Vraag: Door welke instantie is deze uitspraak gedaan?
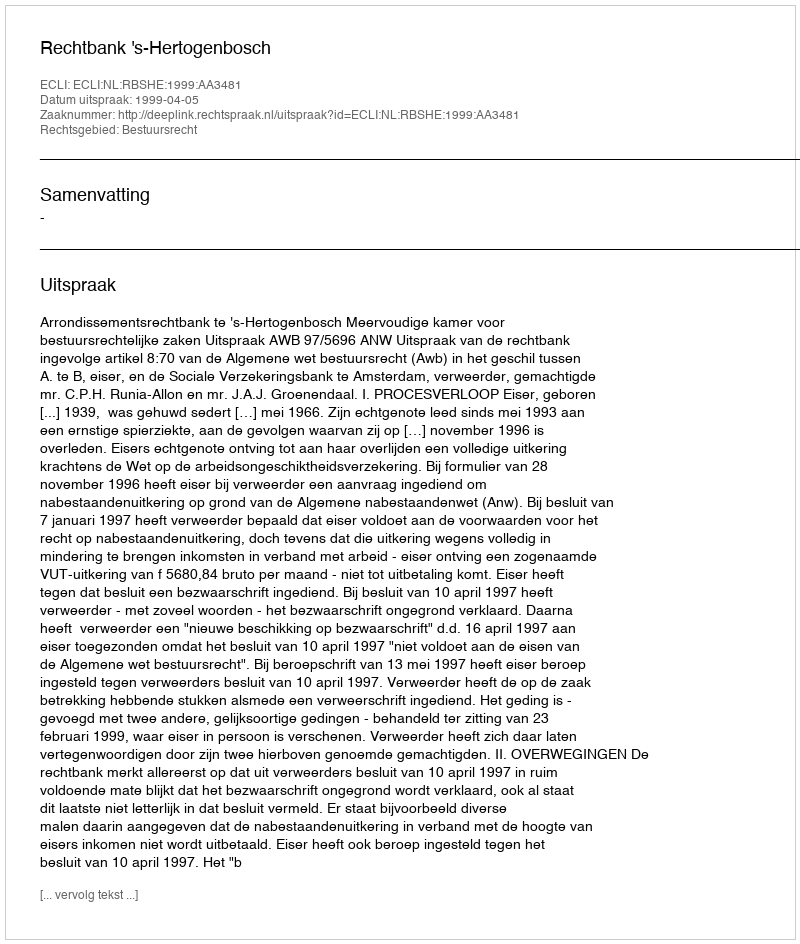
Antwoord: Rechtbank 's-Hertogenbosch